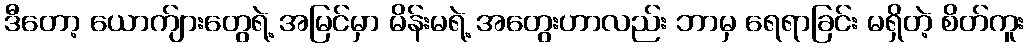
ဒီတော့ ယောက်ျားတွေရဲ့ အမြင်မှာ မိန်းမရဲ့ အတွေးဟာလည်း ဘာမှ ရေရာခြင်း မရှိတဲ့ စိတ်ကူး